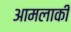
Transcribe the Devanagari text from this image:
आमलाकी